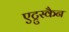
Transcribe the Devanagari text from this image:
एट्रुस्कैन